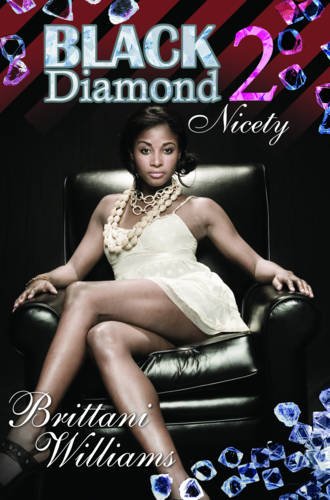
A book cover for Black Diamond 2: Nicety; Brittani Williams; Literature & Fiction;